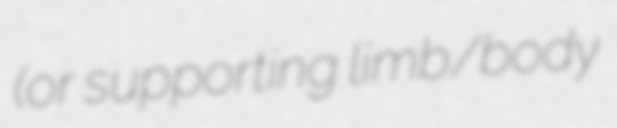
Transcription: (or supporting limb/body